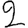
Digit: 2